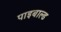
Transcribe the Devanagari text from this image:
पाइबाल्ड